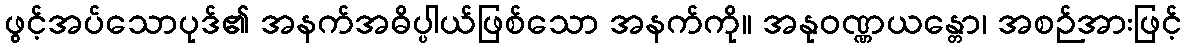
ဖွင့်အပ်သောပုဒ်၏ အနက်အဓိပ္ပါယ်ဖြစ်သော အနက်ကို။ အနုဝဏ္ဏယန္တော၊ အစဉ်အားဖြင့်